Medical and sanitary report of the native army of Bengal for the year
Year: 1878
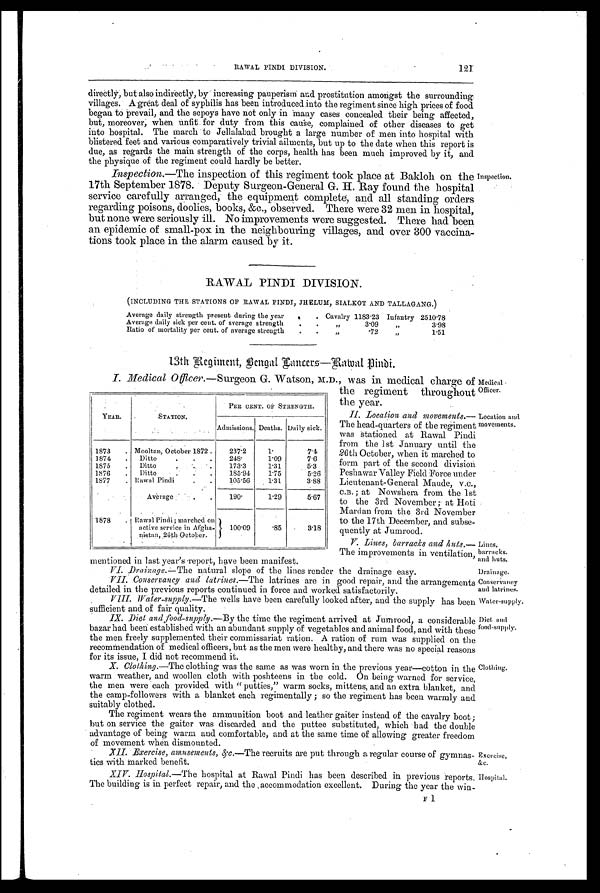
R A W A L P I N D I D I V I S I O N .
1 2 1
Location and
, movements.
Lines,
barracks.
and huts.
Drainage.
Conservancy
and latrines.
Water-supply.
Diet, and
food-supply.
Clothing,
Exercise,
&c.
Hospital.
directly, but also indirectly, by increasing pauperism and prostitution amongst the surrounding,
villages. A great deal of syphilis has been introduced into the regiment since high prices of food
began to Prevail, and the sepoys have not only in Many cases concealed their being affected,
but, moreover; when Unfit for duty from this cause, complained of other diseases to get
into hospital. The march to Jellalabad brought a large number of men into hospital with
blistered feet and various comparatively trivial ailments, but up to the date when this report is
due, as regards the main strength of the corps, health has been much improved by it, and
the physique of the regiment could hardly be better.
Inspection.—The inspection of this regiment took place at Bakloh on the
17th September 1878. Deputy Surgeon-General G. H. Ray found the hospital
service carefully arranged, the equipment complete, and all standing orders
regarding poisons, doolies, books, &c., observed. There were 32 men in hospital,
but none were seriously ill. No improvements were suggested. There had been
an epidemic of small-pox in the neighbouring villages, and over 300 vaccina-
tions took place in the alarm caused by it.
Inspection.
RAWAL PINDI DIVISION.
(INCLUDING THE STATIONS OF RAWAL PINDI, JHELUM, SIALKOT AND TALLAGANG.)
Average daily strength present during the year
. . Cavalry 1183.23 Infantry 2 5 1 0 . 7 8
Average daily sick per cent. of sverage strength . . „
3.09 „
3.98
Ratio of mortality per cent. of average strength . . ,,
.72 „
1.51
1 3 t h Be g i me n t , Be n g a l La n c e r s —Ra wa l Pi n d i
Medical Officer.
I. Medical Officer.—Surgeon G. Watson, M.D., was in medical charge of
the regiment throughout
the year.
II. Location and movements.
— T h e h e a d - q u a r t e r s o f t h e r e g i m e n t
was stationed at Rawal Pindi
from the 1st January until the
26th October, when it marched to
form part of the second division
Peshawar Valley Field Force under
Lieutenant-General Maude, v.C.,
C.B. ; at Nowshera from the 1st
to the 3rd November ; at Hoti
Martian from the 3rd November
to the 17th December, and subse-
quently at Jumrood.
V. Lines, barracks and huts.
— T h e i m p r o v e m e n t s i n v e n t i l a t i o n ,
mentioned in last year's report, have been manifest.
VI. Drainage.—The natural slope of the lines render the drainage easy.
VII. Conservancy and latrines.—The latrines are in good repair, and the arrangements
detailed. in the previous reports continued in force and worked satisfactorily.
VIII.Water-supply. —The wells have been carefully looked after, and the supply has been
sufficient and of fair quality.
IX. Diet and food-supply. —By the time the regiment arrived at Jumrood, a considerable
bazar had. been established with an abundant supply of vegetables and. animal food, and with these
the men freely supplemented their commissariat ration. A ration of rum was supplied on the
recommendation of medical officers, but as the men were healthy, and there was no special reasom
for its issue, I did not recommend it.
X. Clothing.—The clothing was the same as was worn in the previous year—cotton in the
warm weather, and woollen cloth with poshteens in the cold. On being warned for service
the men were each provided with "putties," warm socks, mittens, and an extra blanket, ant
the camp-followers with a blanket each regimentally ; so the regiment has been warmly anti
Suitably clothed.
The regiment wears the ammunition boot and leather gaiter instead of the cavalry boot
hut on service the gaiter was discarded and the puttee substituted, which had the double
advantage of being warm and comfortable, and at the same time of allowing greater freedom
of movement when dismounted.
XII. Exercise, amusements,&c. —The recruits are put through a regular course of gymnas-
tics with Marked benefit.
XIV. Hospital. —The hospital at Rawal Pindi has been described in previous reports.
The building is in perfect repair, and the ,accommodation excellent. During the year the win-
YEAR.
STATION.
PER CENT. OF STRENGTH.
Admissions. Deaths. Daily sick.
1873 . Mooltan, October 1872 . 237.2
1 .
7.4
1874 . Ditto
. . . 248.
1.09
7.6
1875 . Ditto
. . .
173-3
1-31
5-3
1876 . Ditto . • . . 185-94 1.75
5-26
1877 . Rawal Pindi
. . 105.56 1.31
3.88
Average .
190.
1.29
5.67
1878 . Rawal Pindi; marched on
active service in Afgha-
nistan, 26th October.
100.09
.85
3.18